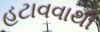
હટાવવાથી